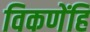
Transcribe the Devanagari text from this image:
विकणेंहि